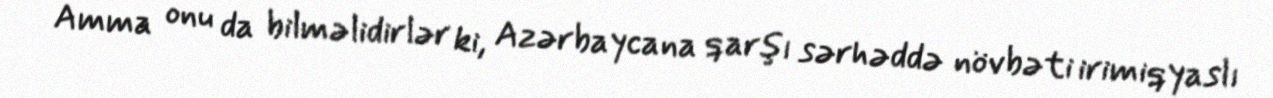
Amma onu da bilməlidirlər ki, Azərbaycana qarşı sərhəddə növbəti irimiqyaslı